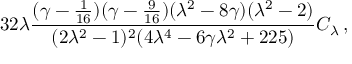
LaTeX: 3 2 \lambda { \frac { ( \gamma - { \frac { 1 } { 1 6 } } ) ( \gamma - { \frac { 9 } { 1 6 } } ) ( \lambda ^ { 2 } - 8 \gamma ) ( \lambda ^ { 2 } - 2 ) } { ( 2 \lambda ^ { 2 } - 1 ) ^ { 2 } ( 4 \lambda ^ { 4 } - 6 \gamma \lambda ^ { 2 } + 2 2 5 ) } } C _ { \lambda } \, ,